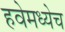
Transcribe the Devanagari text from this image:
हवेमध्येच